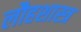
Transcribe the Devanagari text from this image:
लौहशास्त्र